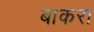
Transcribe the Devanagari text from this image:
बाकरा